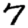
Digit: 7